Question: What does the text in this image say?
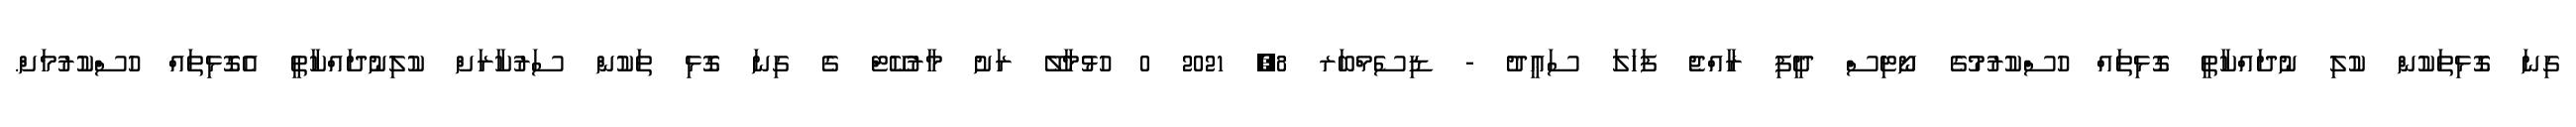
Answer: ގިނަ ގޮޅިތަކުން ކުލި ނުދައްކާތީ ގޮޅިތައް ހުސްކުރުމުގެ ނޯޓިސް ދީފި ރާއްޖެ ފަހަލަ ސަޢީދު - ޑިސެމްބަރ 8, 2021 0 ހުޅުމާލޭ ރަށު މާރުކޭޓް ގެ ގިނަ ގޮޅި ތަކުން ސަރުކާރަށް ކުލިނުދައްކާތީ އެގޮޅިތައް ހުސްކުރުމަށް.